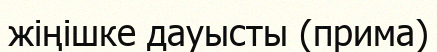
жіңішке дауысты (прима)